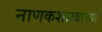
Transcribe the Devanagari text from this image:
नाणकशास्त्राच्या